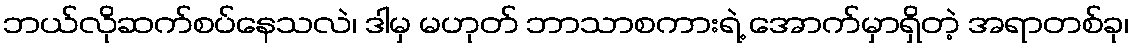
ဘယ်လိုဆက်စပ်နေသလဲ၊ ဒါမှ မဟုတ် ဘာသာစကားရဲ့ အောက်မှာရှိတဲ့ အရာတစ်ခု၊